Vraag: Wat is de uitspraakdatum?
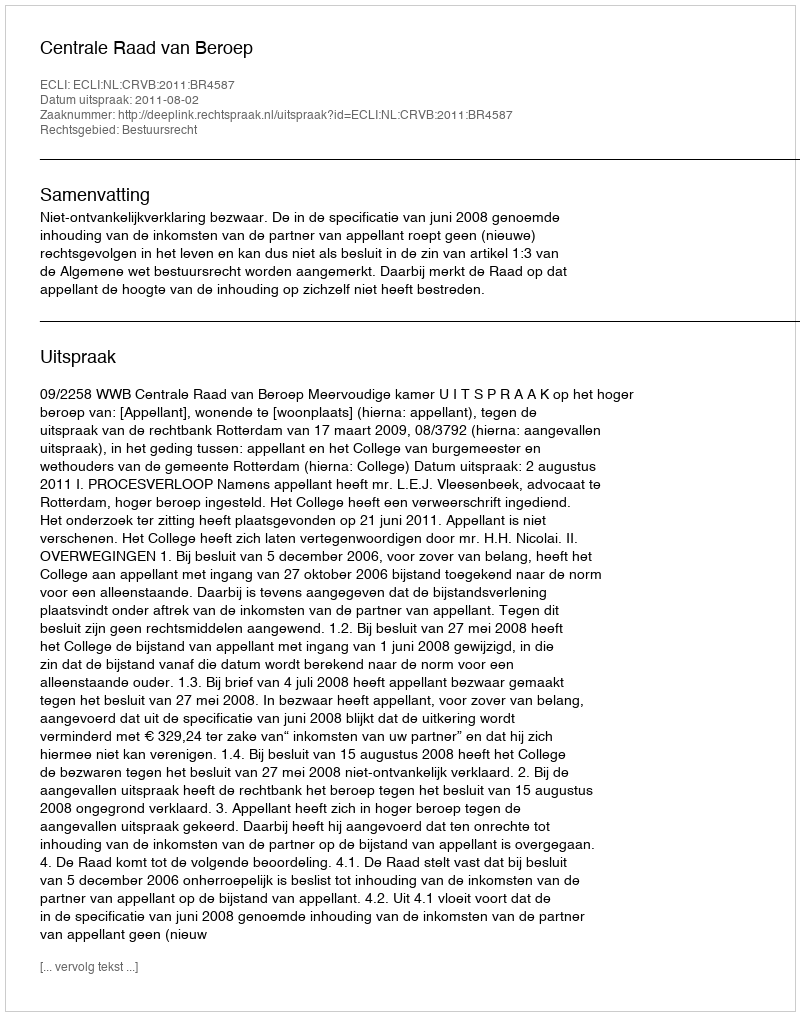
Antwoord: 2011-08-02